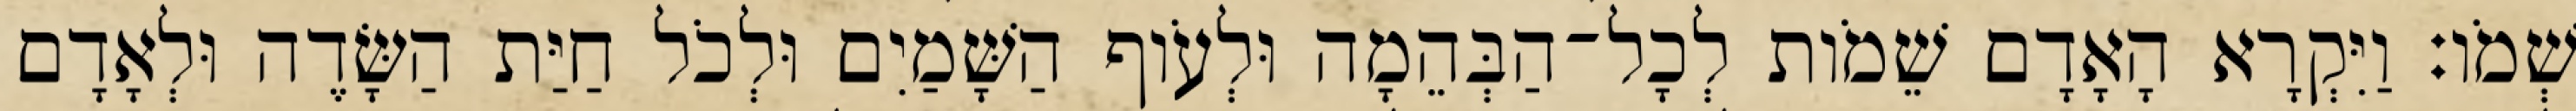
שְׁמֹו׃ וַיִּקְרָא הָאָדָם שֵׁמֹות לְכָל־הַבְּהֵמָה וּלְעֹוף הַשָּׁמַיִם וּלְכֹל חַיַּת הַשָּׂדֶה וּלְאָדָם